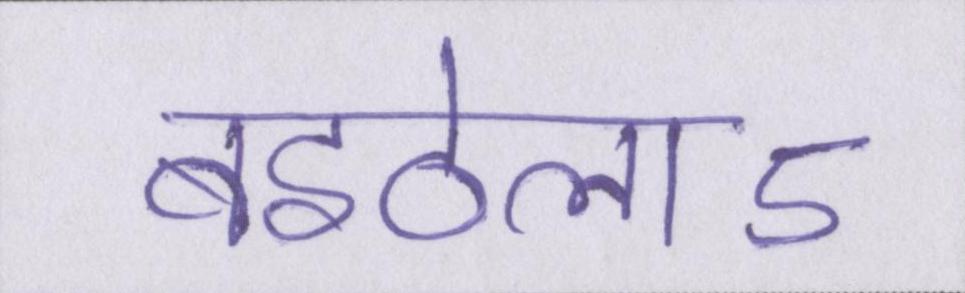
बइठेलाऽ